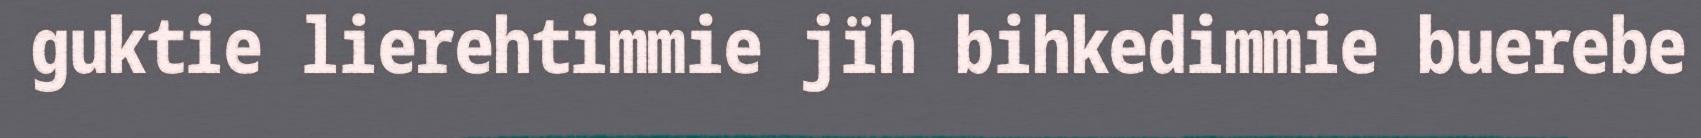
guktie lierehtimmie jïh bihkedimmie buerebe